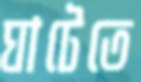
ঘাটেতে